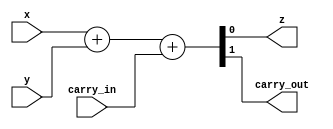
// This program was cloned from: https://github.com/RomeoMe5/DDLM
// License: MIT License

module full_adder
(
    input wire  x, y, carry_in,
	output wire z, carry_out
);
    assign {carry_out, z} = x + y + carry_in;
endmodule